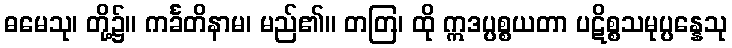
ဓမေသု၊ တို့၌။ ကင်္ခတိနာမ၊ မည်၏။ တတြ၊ ထို ဣဒပ္ပစ္စယတာ ပဋိစ္စသမုပ္ပန္နေသု